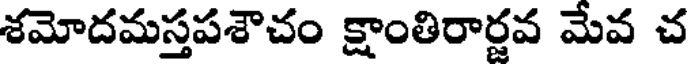
శమోదమస్తపశౌచం క్షాంతిరార్జవ మేవ చ